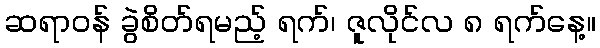
ဆရာဝန် ခွဲစိတ်ရမည့် ရက်၊ ဇူလိုင်လ ၈ ရက်နေ့။